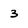
Character: 3